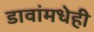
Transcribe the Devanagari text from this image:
डावांमधेही